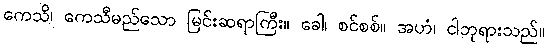
ကေသိ၊ ကေသီမည်သော မြင်းဆရာကြီး။ ခေါ၊ စင်စစ်။ အဟံ၊ ငါဘုရားသည်။